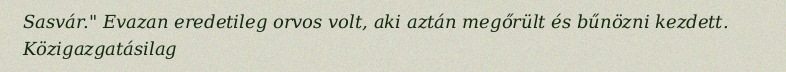
Sasvár." Evazan eredetileg orvos volt, aki aztán megőrült és bűnözni kezdett. Közigazgatásilag